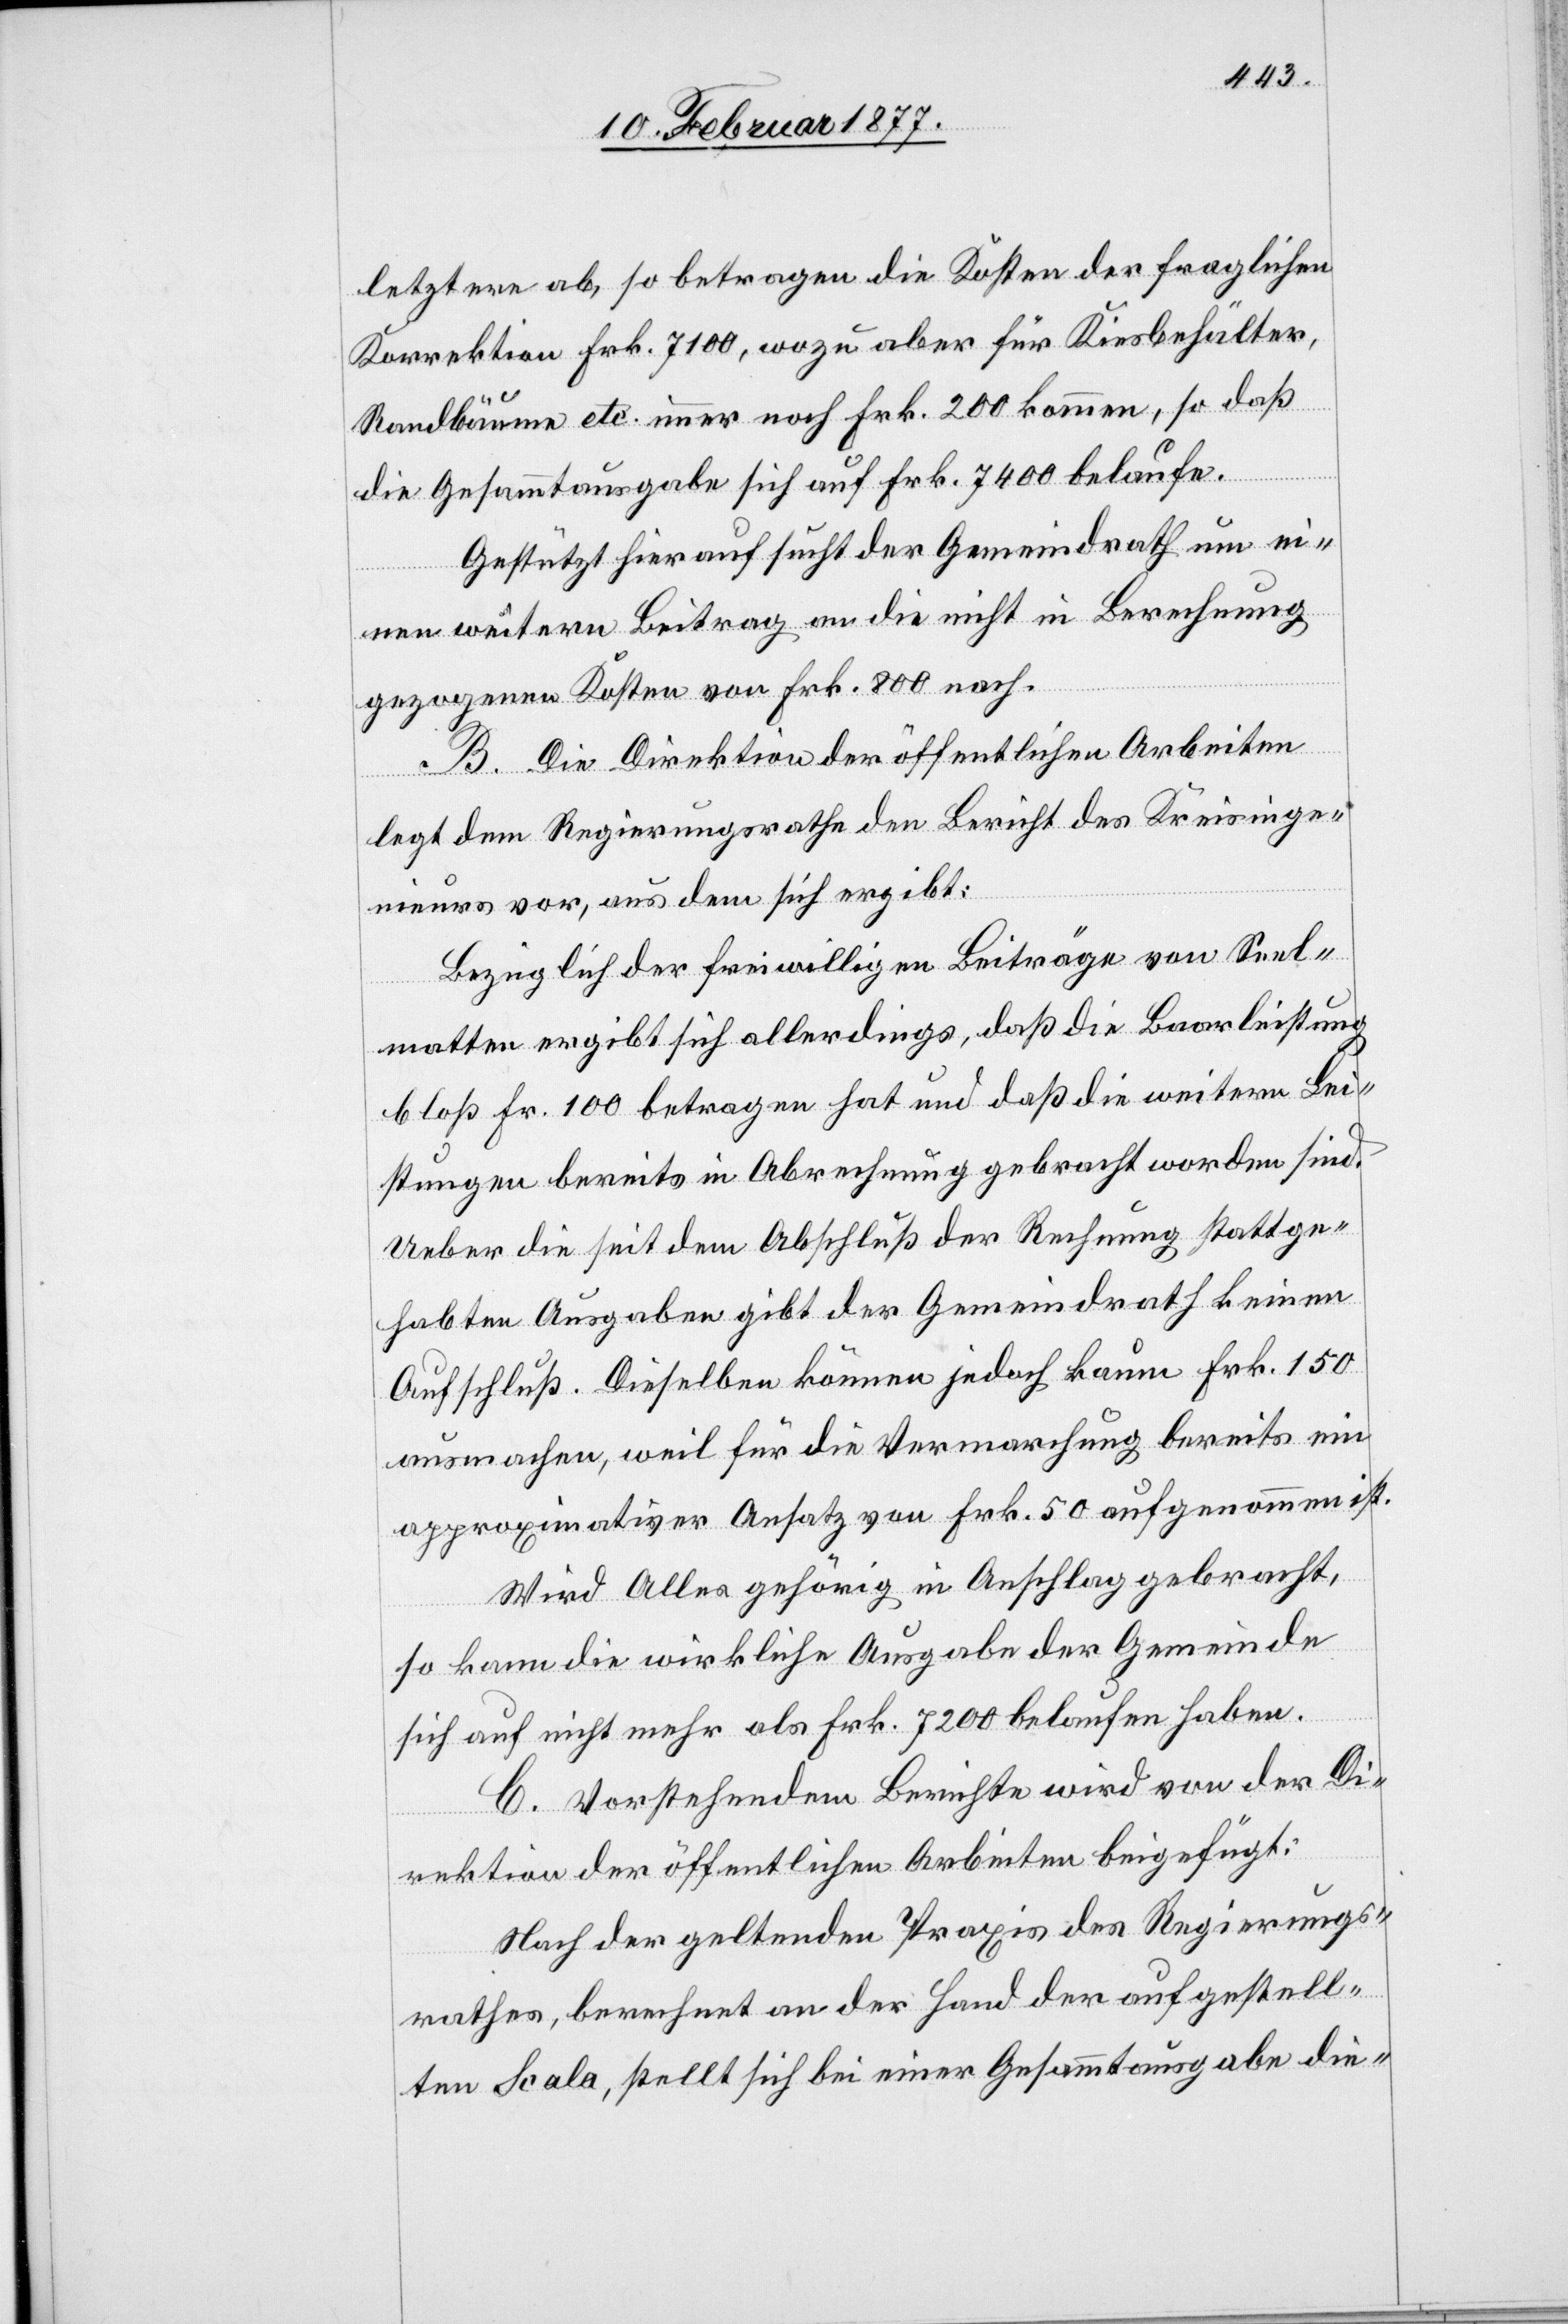
letztere ab, so betragen die Kosten der fraglichen
Korrektion Frk. 7100, wozu aber für Kiesbehälter,
Randbäume etc. immer noch Frk. 200 kommen, so daß
die Gesammtausgabe sich auf Frk. 7400 belaufe.
Gestützt hierauf sucht der Gemeindrath um ei¬
nen weitern Beitrag an die nicht in Berechnung
gezogenen Kosten von Frk. 800 nach.
B. Die Direktion der öffentlichen Arbeiten
legt dem Regierungsrathe den Bericht des Kreisinge¬
nieurs vor, aus dem sich ergibt:
Bezüglich der freiwilligen Beiträge von Seel¬
matten ergibt sich allerdings, daß die Baarleistung
bloß Fr. 100 betragen hat und daß die weitern Lei¬
stungen bereits in Abrechnung gebracht worden sind.
Ueber die seit dem Abschluß der Rechnung stattge¬
habten Ausgaben gibt der Gemeindrath keinen
Aufschluß. Dieselben können jedoch kaum Frk. 150
ausmachen, weil für die Vermarchung bereits ein
approximativer Ansatz von Frk. 50 angenommen ist.
Wird alles gehörig in Anschlag gebracht,
so kann die wirkliche Ausgabe der Gemeinde
sich auf nicht mehr als Frk. 7200 belaufen haben.
C. Vorstehendem Berichte wird von der Di¬
rektion der öffentlichen Arbeiten beigefügt:
Nach der geltenden Praxis des Regierungs¬
rathes, berechnet an der Hand der aufgestell¬
ten Scala, stellt sich bei einer Gesammtausgabe die-